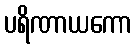
ပရိဏာယကော